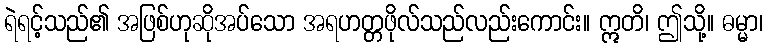
ရဲရင့်သည်၏ အဖြစ်ဟုဆိုအပ်သော အရဟတ္တဖိုလ်သည်လည်းကောင်း။ ဣတိ၊ ဤသို့။ ဓမ္မာ၊